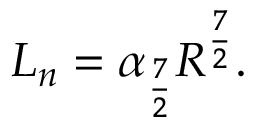
{ \cal { L } } _ { n } = \alpha _ { \frac { 7 } { 2 } } R ^ { \frac { 7 } { 2 } } .